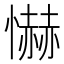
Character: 懗